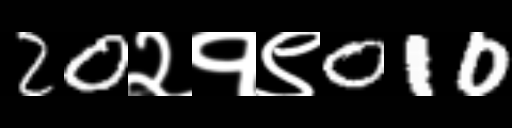
Text: 20२१९010